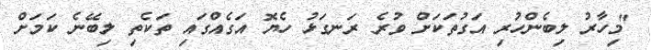
"މިހާރު ލިބެންހުރި އަގުތަކަށް ވުރެ ރަނގަޅު ހެޔޮ އަގެއްގައި ތަކެތި ލިބޭނެ ކަމަށް